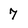
Character: 7